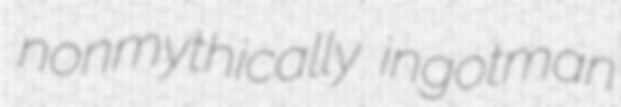
nonmythically ingotman